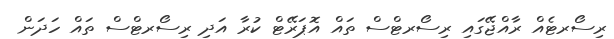
ރިސޯރޓެއް ރާއްޖޭގައި ރިސޯރޓްސް ތައް އޮޕަރޭޓް ކުރާ އަދި ރިސޯރޓްސް ތައް ހަދަން